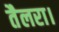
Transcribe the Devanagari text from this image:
तैलरा।